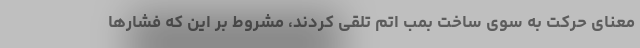
معنای حرکت به سوی ساخت بمب اتم تلقی کردند، مشروط بر این که فشارها